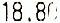
18.80